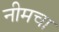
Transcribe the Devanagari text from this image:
नीमचा